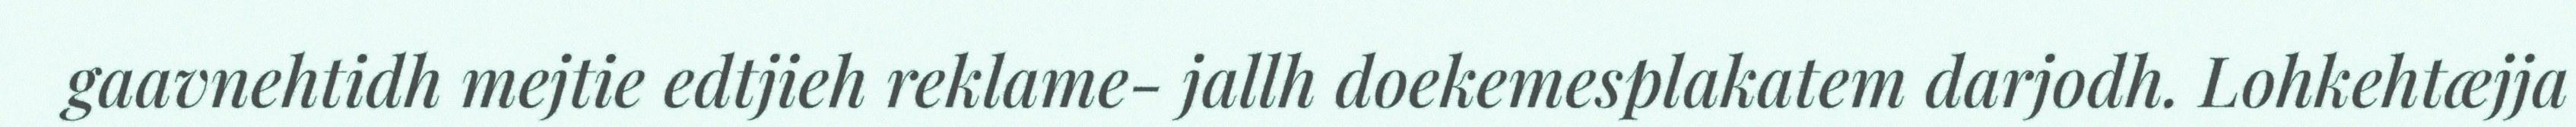
gaavnehtidh mejtie edtjieh reklame- jallh doekemesplakatem darjodh. Lohkehtæjja